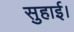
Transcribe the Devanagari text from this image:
सुहाई।